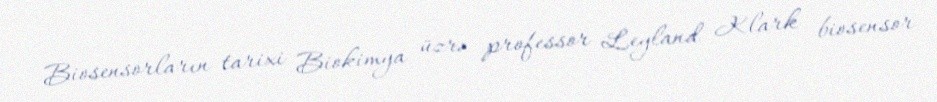
Biosensorların tarixi Biokimya üzrə professor Leyland Klark biosensor